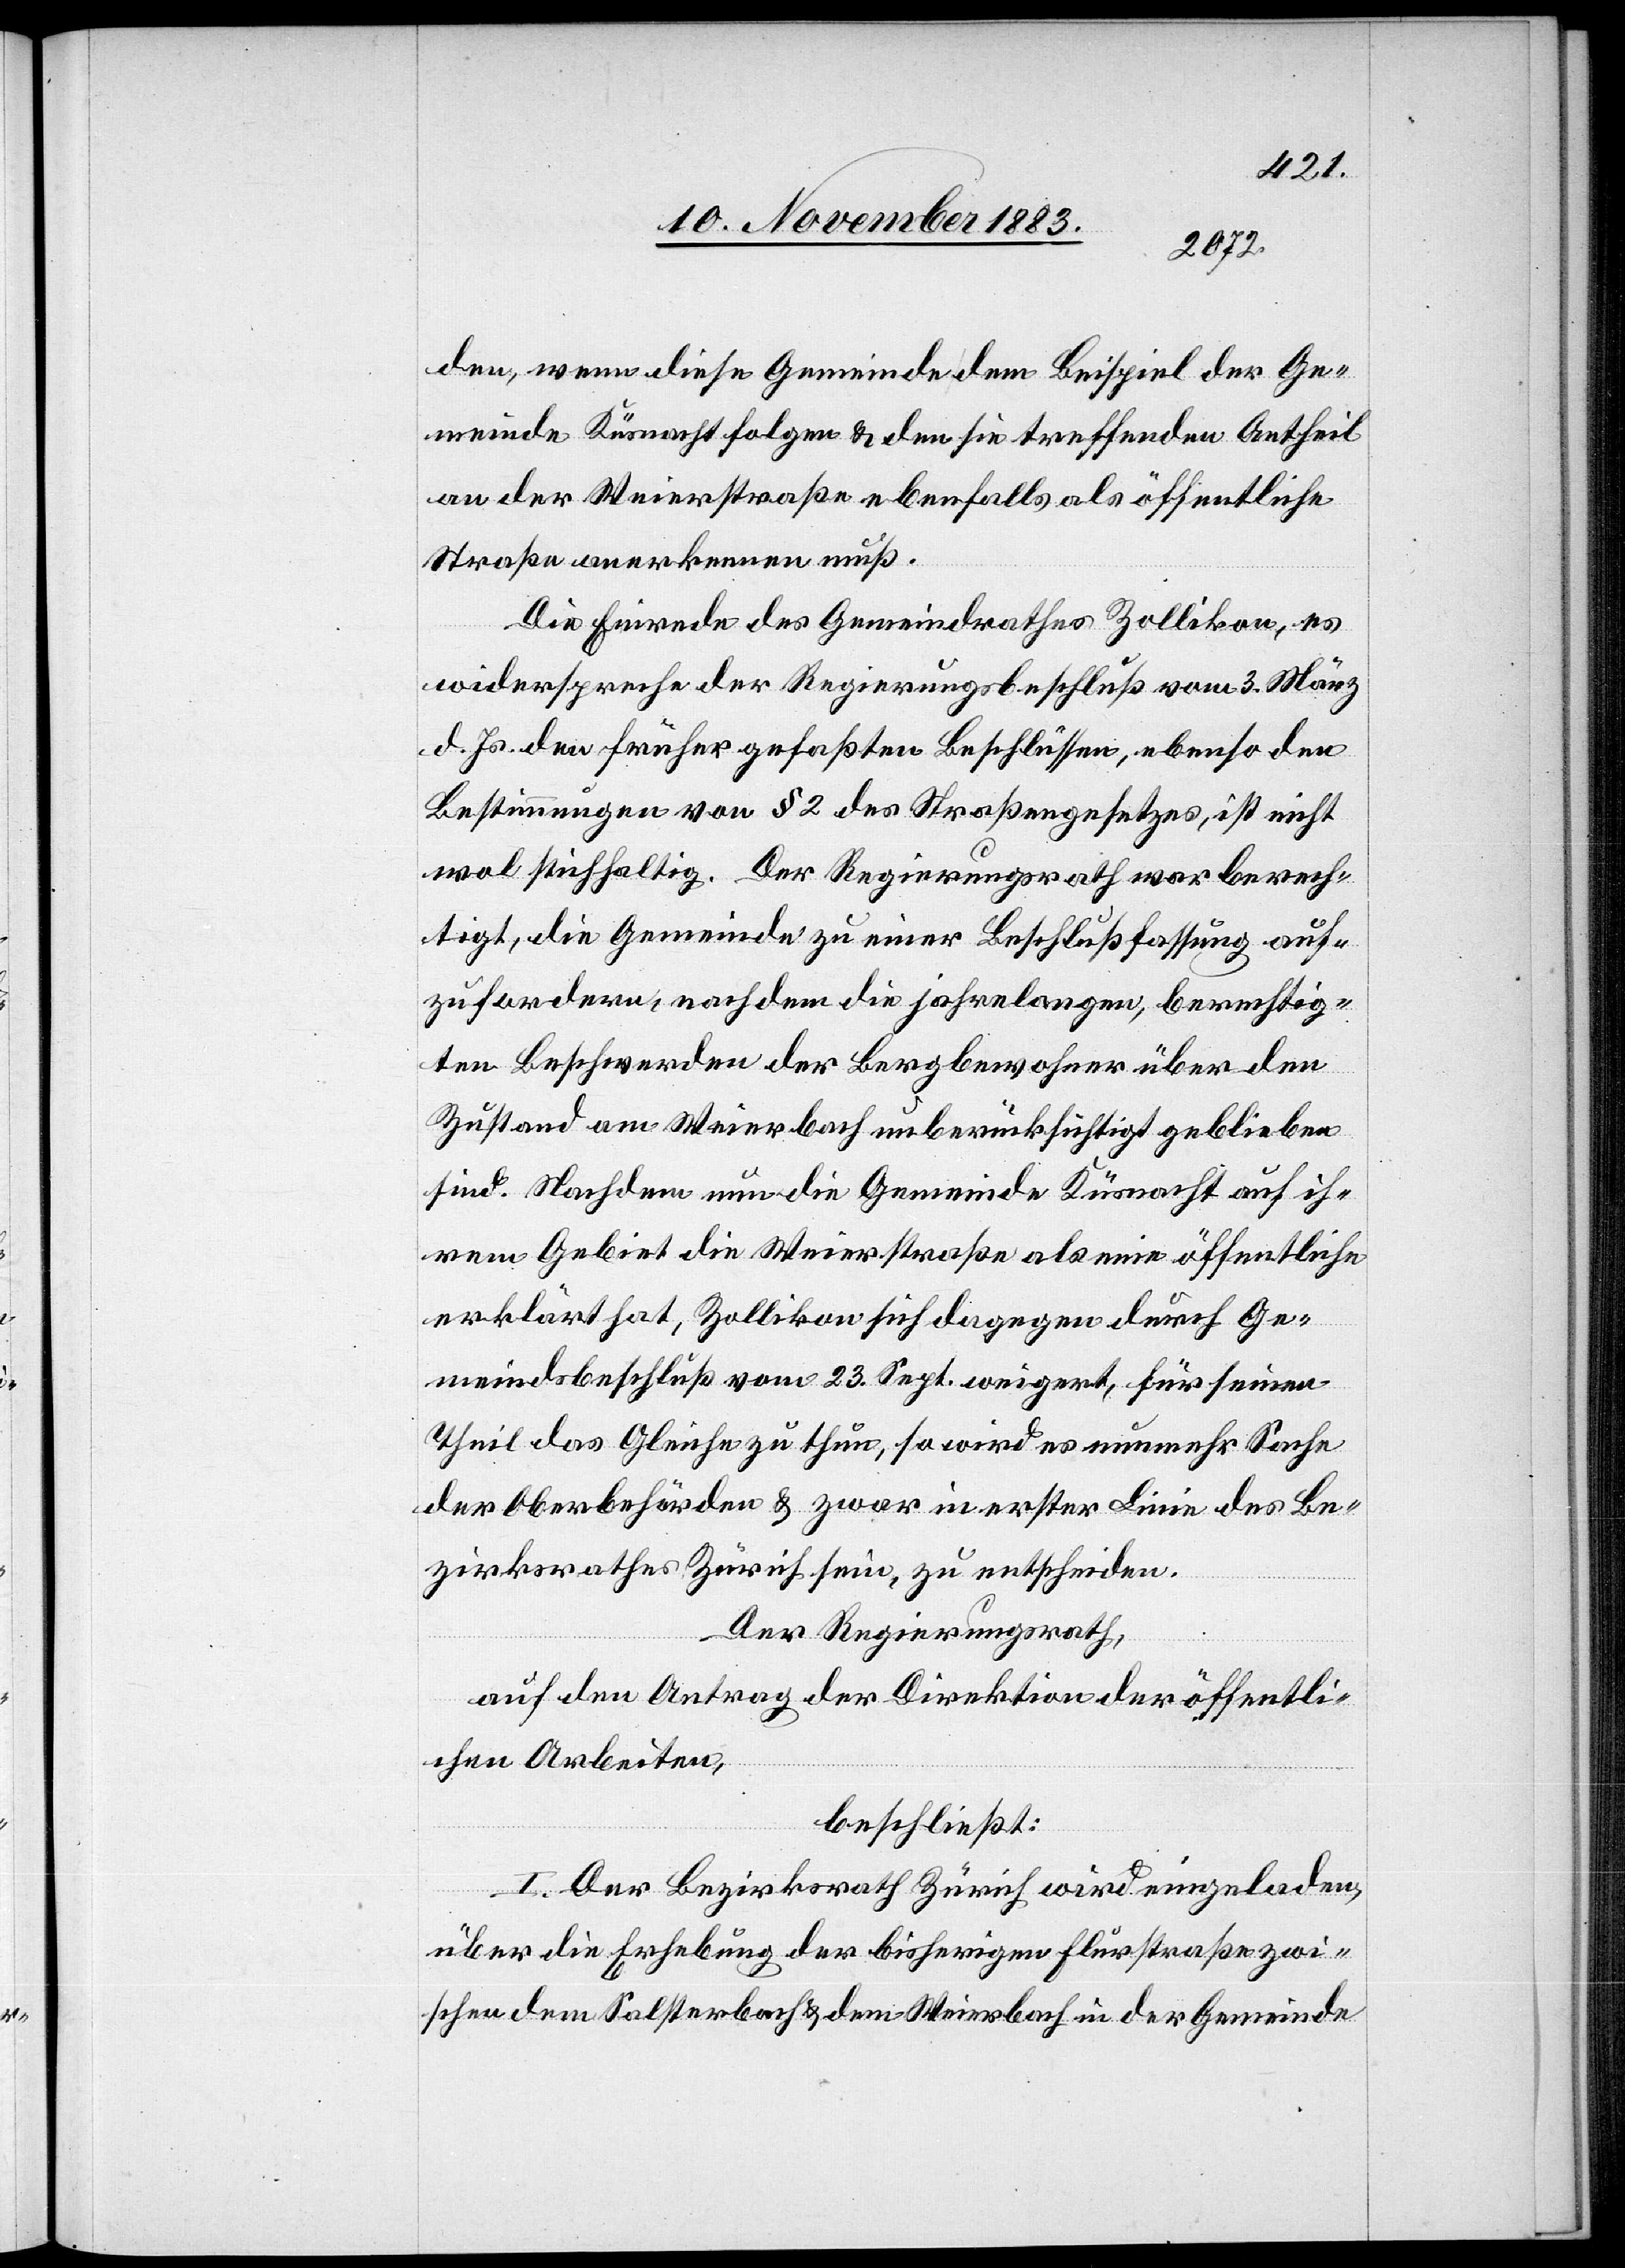
den, wenn diese Gemeinde dem Beispiel der Ge¬
meinde Küsnacht folgen & den sie treffenden Antheil
an der Weierstraße ebenfalls als öffentliche
Straße anerkennen muß.
Die Einrede des Gemeindrathes Zollikon, es
widerspreche der Regierungsbeschluß vom 3. März
d. Js. den früher gefaßten Beschlüssen, ebenso den
Bestimmungen von § 2 des Straßengesetzes, ist nicht
wol stichhaltig. Der Regierungsrath war berech¬
tigt, die Gemeinde zu einer Beschlußfassung auf¬
zufordern, nachdem die jahrelangen, berechtig¬
ten Beschwerden der Bergbewohner über den
Zustand am Weierbach unberücksichtigt geblieben
sind. Nachdem nun die Gemeinde Küsnacht auf ih¬
rem Gebiet die Weierstraße als eine öffentliche
erklärt hat, Zollikon sich dagegen durch Ge¬
meindsbeschluß vom 23. Sept. weigert, für seinen
Theil das Gleiche zu thun, so wird es nunmehr Sache
der Oberbehörden & zwar in erster Linie des Be¬
zirksrathes Zürich sein, zu entscheiden.
Der Regierungsrath,
auf den Antrag der Direktion der öffentli¬
chen Arbeiten,
beschließt:
I. Der Bezirksrath Zürich wird eingeladen,
über die Erhebung der bisherigen Flurstraße zwi¬
schen dem Salsterbach & dem Weierbach in der Gemeinde